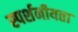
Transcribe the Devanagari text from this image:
स्पर्शनीयता